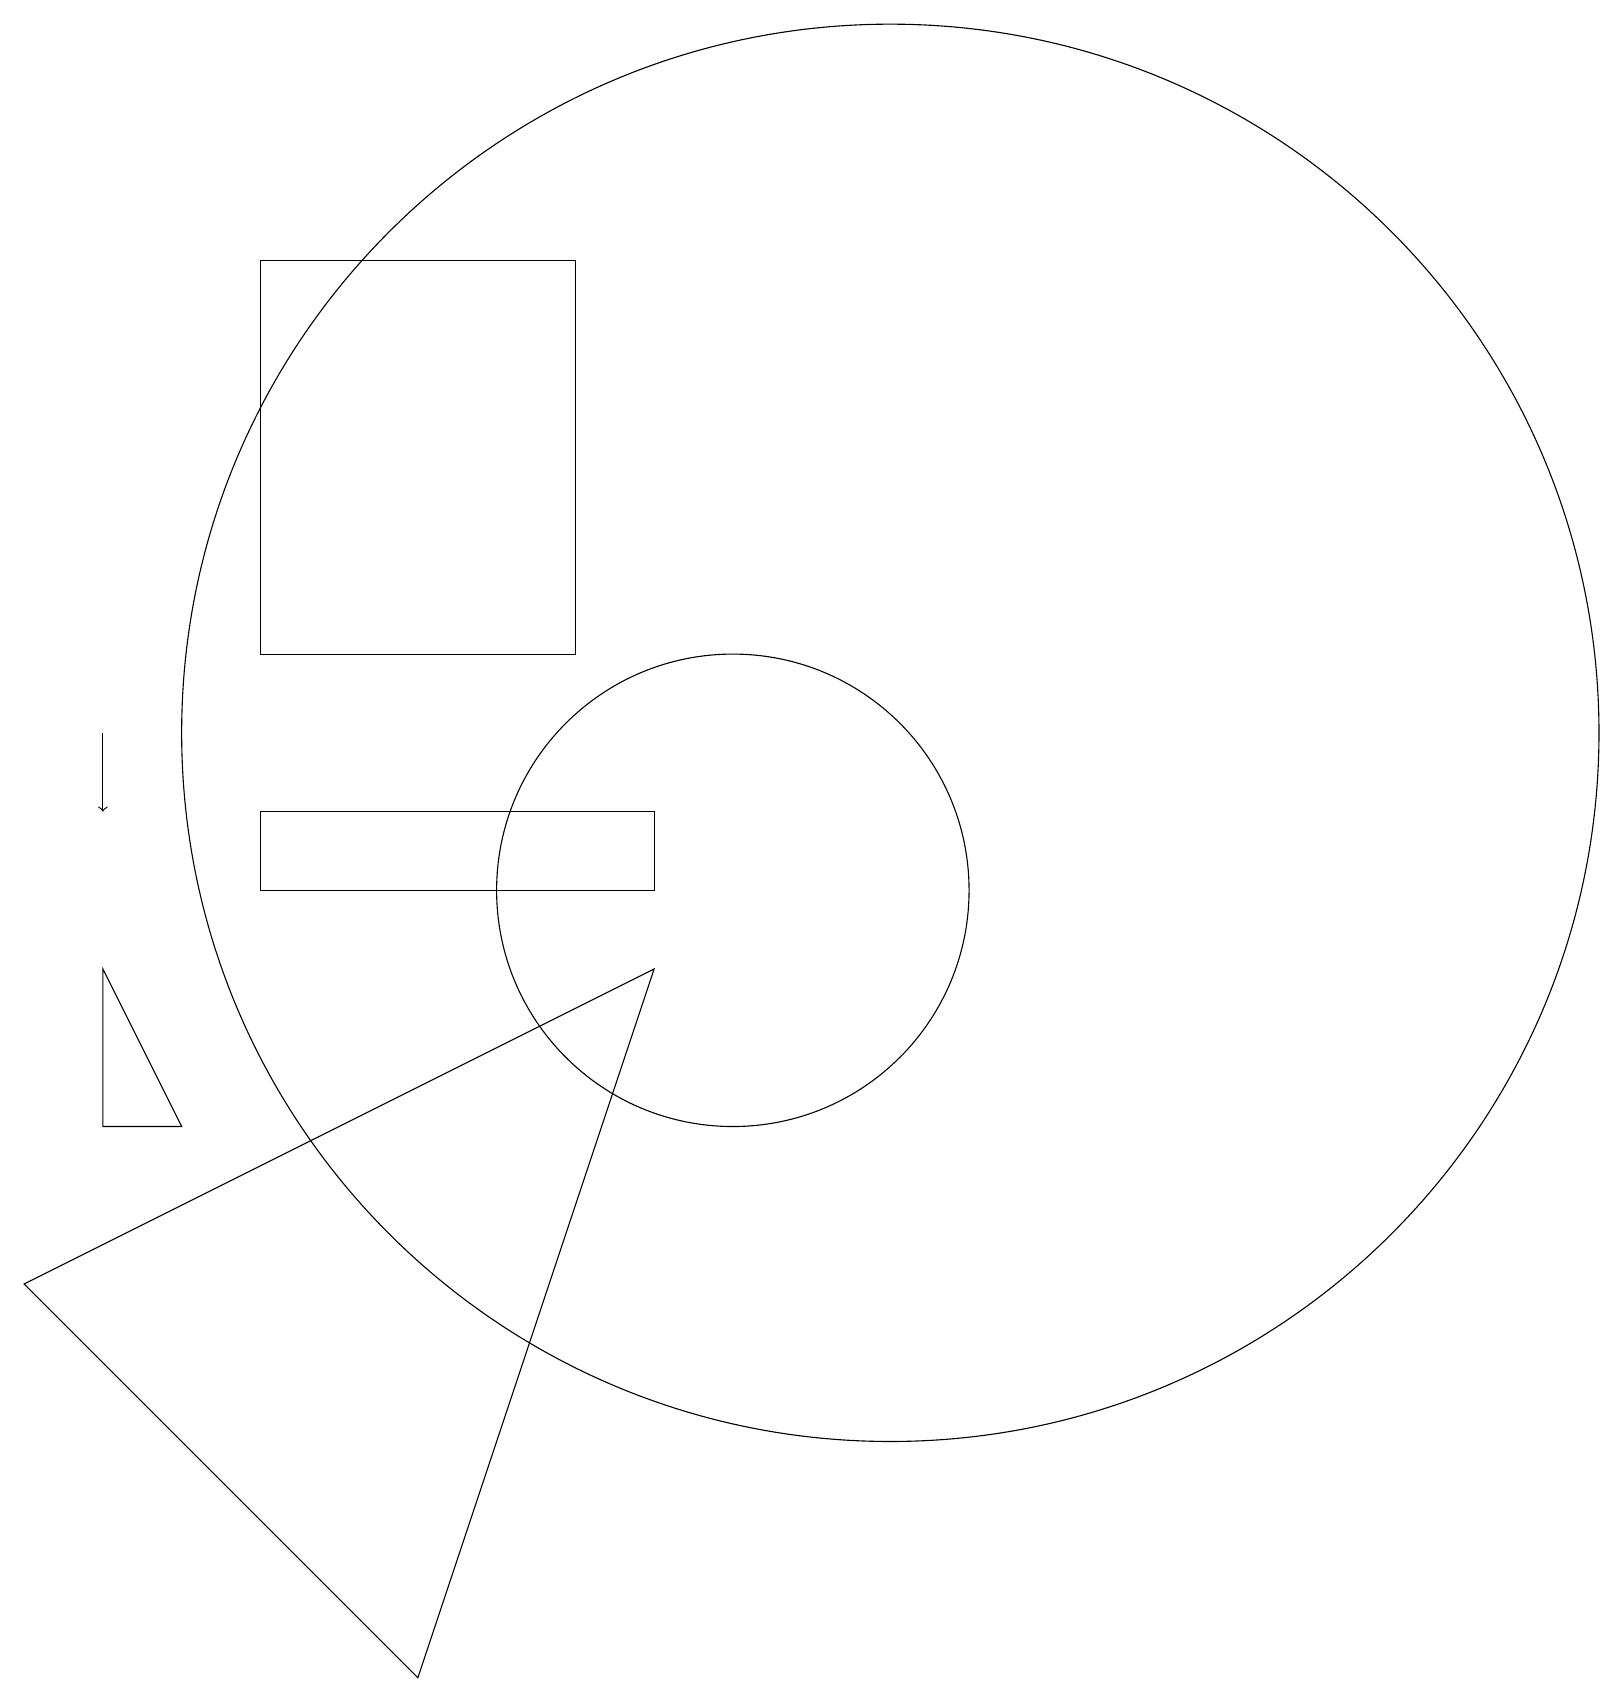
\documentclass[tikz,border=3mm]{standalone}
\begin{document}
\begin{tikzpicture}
\draw (1,5) -- (9,9) -- (6,0) -- cycle;
\draw (2,7) -- (2,9) -- (3,7) -- cycle;
\draw[->] (2,12) -- (2,11);
\draw (4,11) rectangle (9,10);
\draw (8,13) rectangle (4,18);
\draw (12,12) circle (9);
\draw (10,10) circle (3);
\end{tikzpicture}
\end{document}